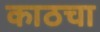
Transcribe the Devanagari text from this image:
काठचा